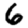
Digit: 6